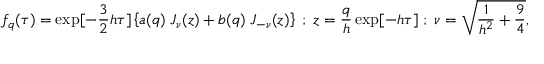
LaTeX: f _ { q } ( \tau ) = \exp [ - \frac { 3 } { 2 } h \tau ] \left\{ a ( q ) \; J _ { \nu } ( z ) + b ( q ) \; J _ { - \nu } ( z ) \right\} \; ; \; z = \frac { q } { h } \exp [ - h \tau ] \; ; \; \nu = \sqrt { \frac { 1 } { h ^ { 2 } } + \frac { 9 } { 4 } } ,